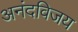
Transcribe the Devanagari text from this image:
अनंदविजय